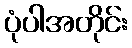
ပုံပါအတိုင်း